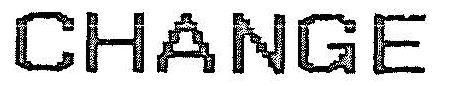
CHANGE